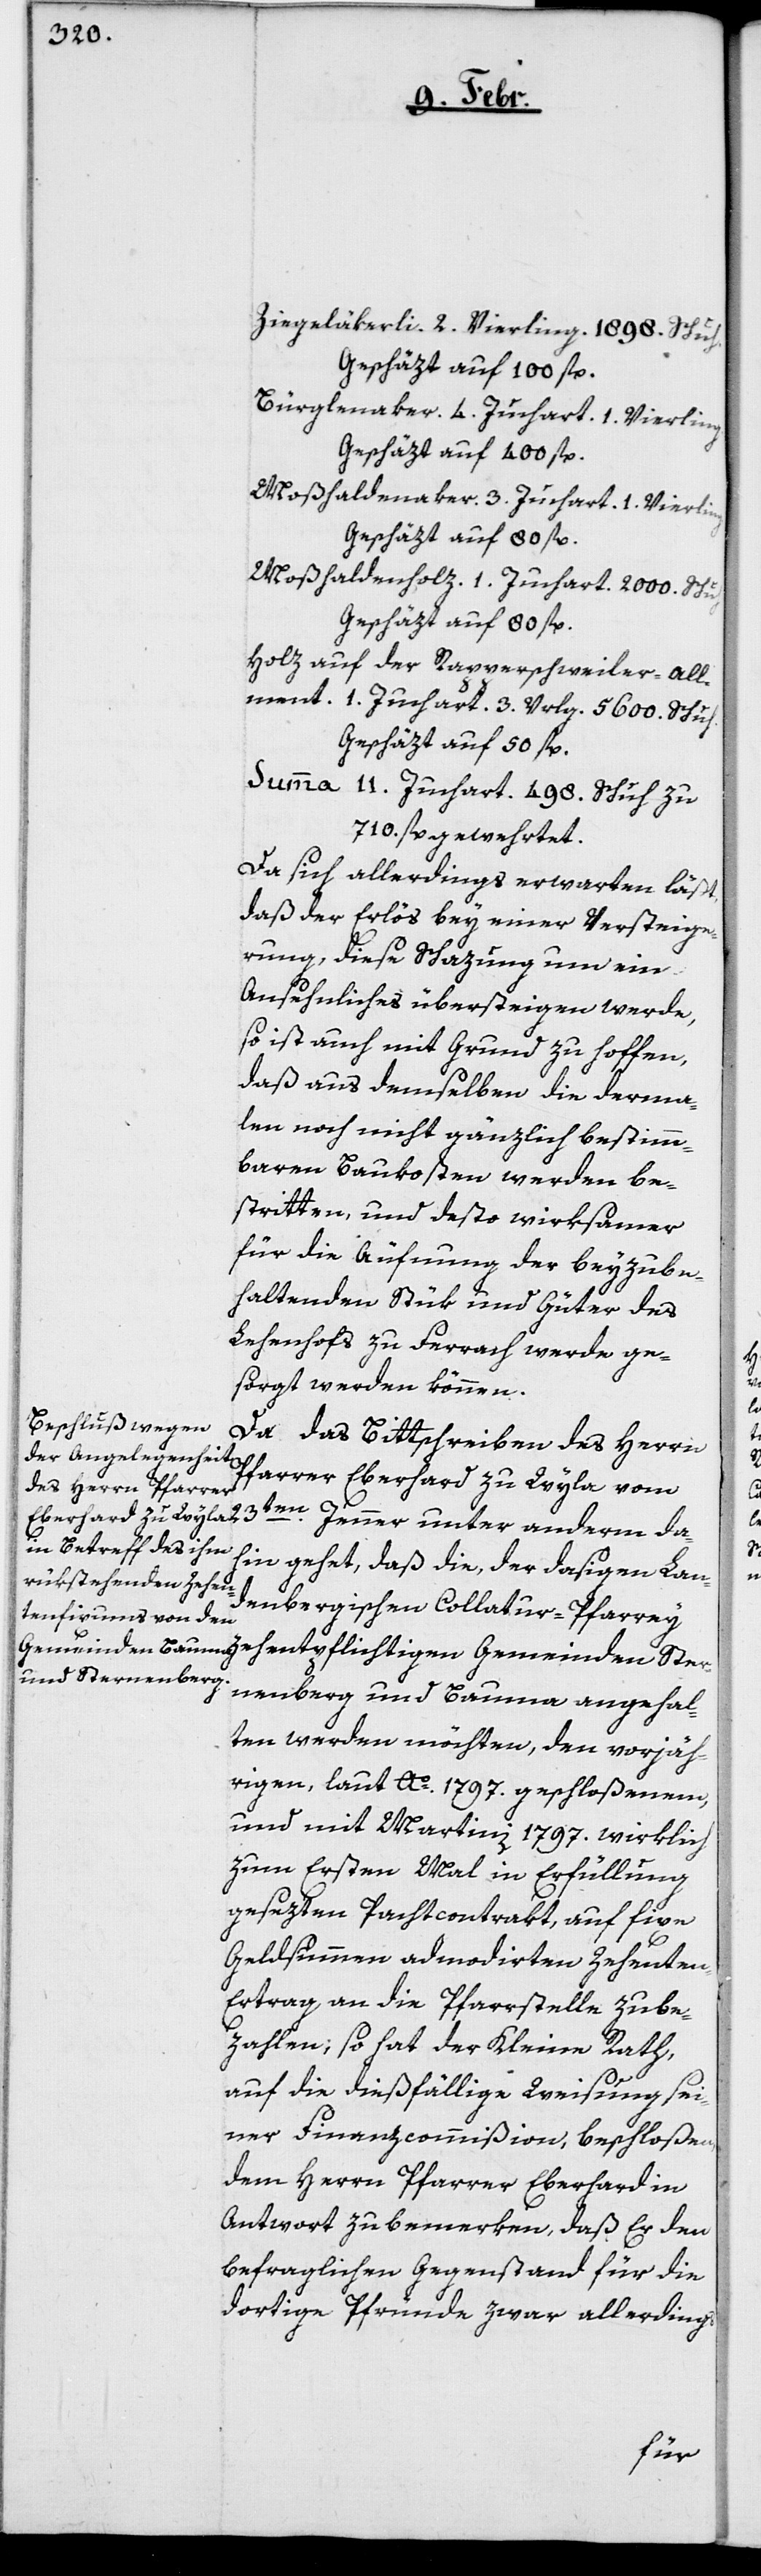
Ziegeläkerli. 2. Vierling. 1898. Schuh,
Geschäzt auf 100 fl.
Bürglenaker. 4. Juchart. 1. Vierling
Geschäzt auf 400 fl.
Moßhaldenaker. 3. Juchart. 1. Vierling
Geschäzt auf 80 fl.
Moßhaldenholz. 1. Juchart. 2000. Schuh
Geschäzt auf 80 fl.
Holz auf der Rapperschweiler-All¬
ment. 1. Juchart. 3. Vrlg. 5600 Schuh,
Geschäzt auf 50 fl.
Summa 11. Juchart. 498. Schuh zu
710. fl. gewehrtet.
Da sich allerdings erwarten läßt,
daß der Erlös bey einer Versteige¬
rung diese Schazung um ein
Ansehnliches übersteigen werde,
so ist auch mit Grund zu hoffen,
daß aus demselben die derma¬
len noch nicht gänzlich bestimm¬
baren Baukosten werden be¬
stritten, und desto wirksamer
für die Äufnung der beyzube¬
haltenden Stük und Güter des
Lehenhofs zu Ferrach werde ge¬
sorgt werden können.
Da das Bittschreiben des Herrn
Pfarrer Eberhard zu Wyla vom
dahin gehet, daß die, der dasigen Lan¬
denbergischen Collatur-Pfarrey
nenberg und Bauma angehal¬
ten werden möchten, den vorjäh¬
rigen, laut Ao. 1797. geschloßenem,
und mit Martini 1797. wirklich
zum Ersten Mal in Erfüllung
gesezten Pachtcontrakt, auf fixe
Geldsummen admodirten Zehenten-E¬
rtrag an die Pfarrstelle zu be¬
zahlen, so hat der Kleine Rath,
auf die dießfällige Weisung sei¬
ner Finanzcommißion beschloßen,
dem Herrn Pfarrer Eberhard in
Antwort zubemerken, daß Er den
befraglichen Gegenstand für die
dortige Pfründe zwar allerdings
Ster¬